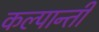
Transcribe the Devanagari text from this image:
कल्पान्ती